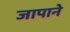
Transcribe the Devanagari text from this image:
जापाने